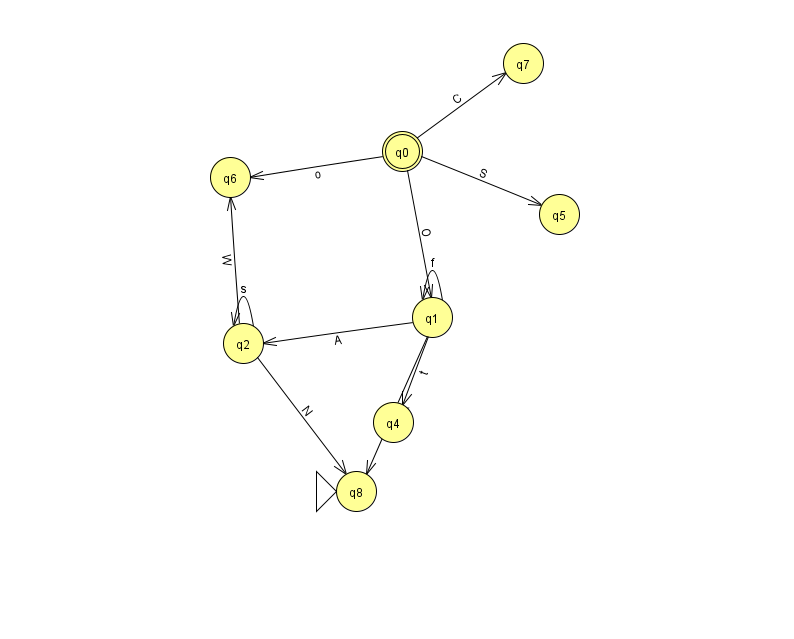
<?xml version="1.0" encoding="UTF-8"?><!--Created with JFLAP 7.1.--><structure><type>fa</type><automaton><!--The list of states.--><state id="0" name="q0"><x>402.0</x><y>138.0</y><final/></state><state id="1" name="q1"><x>432.0</x><y>304.0</y></state><state id="2" name="q2"><x>243.0</x><y>330.0</y></state><state id="4" name="q4"><x>393.0</x><y>409.0</y></state><state id="5" name="q5"><x>559.0</x><y>201.0</y></state><state id="6" name="q6"><x>230.0</x><y>164.0</y></state><state id="7" name="q7"><x>523.0</x><y>50.0</y></state><state id="8" name="q8"><x>356.0</x><y>478.0</y><initial/></state><!--The list of transitions.--><transition><from>0</from><to>1</to><read>O</read></transition><transition><from>1</from><to>8</to><read>k</read></transition><transition><from>2</from><to>2</to><read>s</read></transition><transition><from>1</from><to>4</to><read>t</read></transition><transition><from>0</from><to>6</to><read>o</read></transition><transition><from>1</from><to>1</to><read>f</read></transition><transition><from>0</from><to>5</to><read>S</read></transition><transition><from>2</from><to>8</to><read>N</read></transition><transition><from>0</from><to>7</to><read>C</read></transition><transition><from>1</from><to>2</to><read>A</read></transition><transition><from>2</from><to>6</to><read>W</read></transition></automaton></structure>